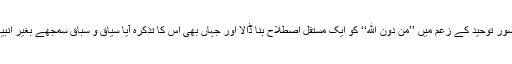
فہمِ دین سے نابلد بعض لوگوں نے اپنے من گھڑت تصورِ توحید کے زعم میں ’’مِنْ دُوْنِ اللهِ‘‘ کو ایک مستقل اصطلاح بنا ڈالا اور جہاں بھی اس کا تذکرہ آیا سیاق و سباق سمجھے بغیر انبیاء و اولیاء کو ان معبودانِ باطلہ کے ساتھ شامل کردیا۔